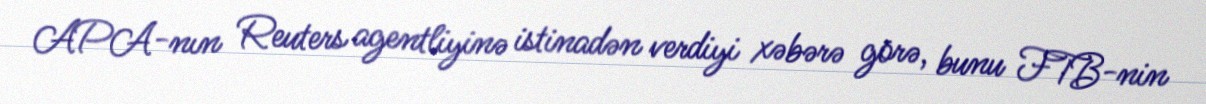
APA-nın Reuters agentliyinə istinadən verdiyi xəbərə görə, bunu FTB-nin